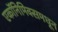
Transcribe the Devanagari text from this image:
एकॉनिमिक्समधून